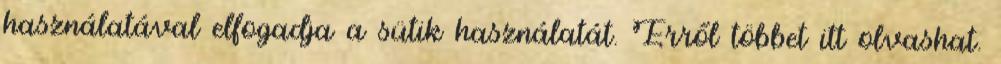
használatával elfogadja a sütik használatát. Erről többet itt olvashat.